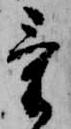
け